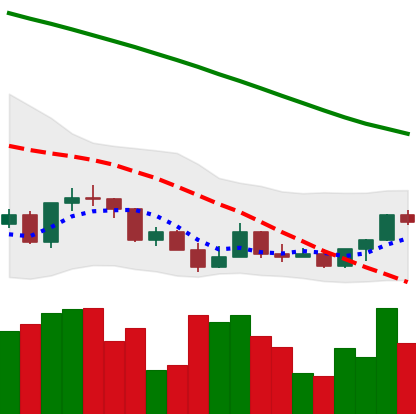
Ticker: LINK-USD
Chart end date: 2022-03-17
Forward return: 7.136%
Label: up_7plus